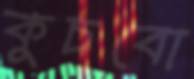
কুচবো